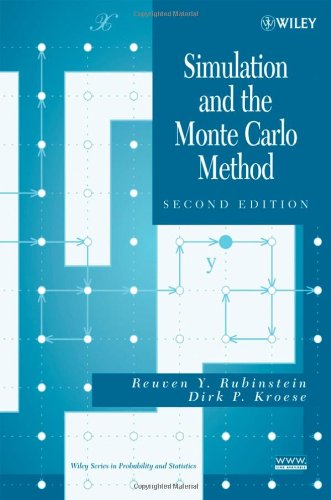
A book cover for Simulation and the Monte Carlo Method; Reuven Y. Rubinstein; Computers & Technology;